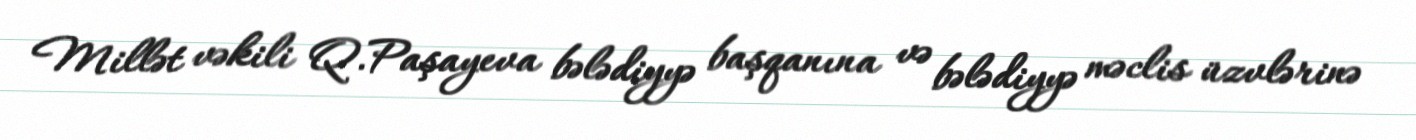
Millət vəkili Q.Paşayeva bələdiyyə başqanına və bələdiyyə məclis üzvlərinə